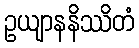
ဥယျာနနိဿိတံ